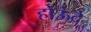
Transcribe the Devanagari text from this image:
होऊंदे